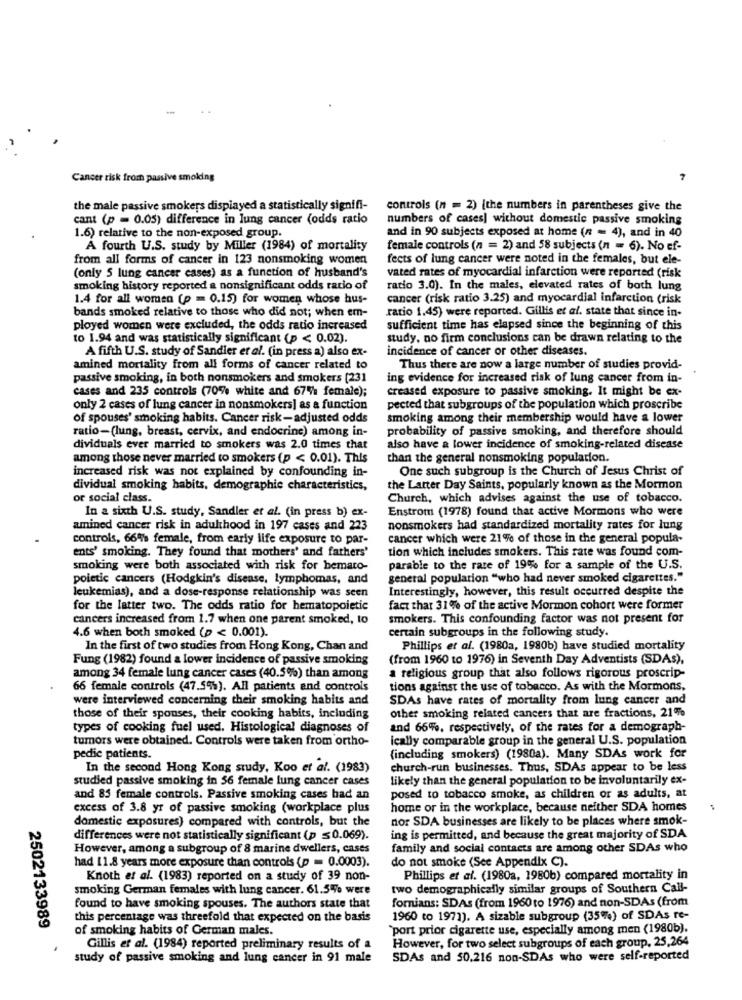
Cancer risk from passive smoking
7
the male passive smokers displayed a statistically signifi-
controls (n = 2) [the numbers in parentheses give the
cant (p = 0.05) difference in lung cancer (odds ratio
numbers of cases] without domestic passive smoking
1.6) relative to the non-exposed group.
and in 90 subjects exposed at home (n = 4), and in 40
A fourth U.S. study by Miller (1984) of mortality
female controls (n = 2) and 58 subjects (n = 6). No ef-
from all forms of cancer in 123 nonsmoking women
fects of lung cancer were noted in the females, but ele-
(only 5 lung cancer cases) as a function of husband's
vated rates of myocardial infarction were reported (risk
smoking history reported a nonsignificant odds ratio of
ratio 3.0). In the males, elevated rates of both lung
1.4 for all women (p = 0.15) for women whose hus-
cancer (risk ratio 3.25) and myocardial infarction (risk
bands smoked relative to those who did not; when em-
ratio 1.45) were reported. Gillis et al. state that since in-
ployed women were excluded, the odds ratio increased
sufficient time has elapsed since the beginning of this
to 1.94 and was statistically significant (p < 0.02).
study, no firm conclusions can be drawn relating to the
incidence of cancer or other diseases.
A fifth U.S. study of Sandler et al. (in press a) also ex-
amined mortality from all forms of cancer related to
Thus there are now a large number of studies provid-
passive smoking, in both nonsmokers and smokers [231
ing evidence for increased risk of lung cancer from in-
cases and 235 controls (70% white and 67% female);
creased exposure to passive smoking. It might be ex-
only 2 cases of lung cancer in nonsmokers] as a function
pected that subgroups of the population which proscribe
of spouses' smoking habits. Cancer risk-adjusted odds
smoking among their membership would have a lower
ratio-(lung, breast, cervix, and endocrine) among in-
probability of passive smoking, and therefore should
dividuals ever married to smokers was 2.0 times that
also have a lower incidence of smoking-related disease
among those never married to smokers (p < 0.01). This
than the general nonsmoking population.
increased risk was not explained by confounding in-
One such subgroup is the Church of Jesus Christ of
dividual smoking habits, demographic characteristics,
the Latter Day Saints, popularly known as the Mormon
or social class.
Church, which advises against the use of tobacco.
In a sixth U.S. study, Sandler et al. (in press b) ex-
Enstrom (1978) found that active Mormons who were
amined cancer risk in adulthood in 197 cases and 223
nonsmokers had standardized mortality rates for lung
controls, 664% female, from early life exposure to par-
cancer which were 21% of those in the general popula-
ents' smoking. They found that mothers' and fathers'
tion which includes smokers. This rate was found com-
smoking were both associated with risk for bemaco-
parable to the rate of 19% for a sample of the U.S.
poietic cancers (Hodgkin's disease, lymphomas, and
general population "who had never smoked cigarettes."
leukemias), and a dose-response relationship was seen
Interestingly, however, this result occurred despite the
for the latter two. The odds ratio for hematopoietic
fact that 31% of the active Mormon cohort were former
cancers increased from 1.7 when one parent smoked, to
smokers. This confounding factor was not present for
certain subgroups in the following study.
4.6 when both smoked (p < 0.001).
In the first of two studies from Hong Kong, Chan and
Phillips et al. (1980a, 1980b) have studied mortality
Fung (1982) found a lower incidence of passive smoking
(from 1960 to 1976) in Seventh Day Adventists (SDAs),
among 34 female lung cancer cases (40.5%) than among
religious group that also follows rigorous proscrip-
66 female controls (47.5%). All patients and controls
tions against the use of tobacco. As with the Mormons,
were interviewed concerning their smoking habits and
SDAs have rates of mortality from lung cancer and
those of their spouses, their cooking habits, including
other smoking related cancers that are fractions, 21%
types of cooking fuel used. Histological diagnoses of
and 66%, respectively, of the rates for a demograph-
tumors were obtained. Controls were taken from ortho-
ically comparable group in the general U.S. population
pedic patients.
(including smokers) (1980a). Many SDAs work for
In the second Hong Kong study, Koo et al. (1983)
church-run businesses. Thus, SDAs appear to be less
studied passive smoking in 56 female lung cancer cases
likely than the general population to be involuntarily ex-
and 85 female controls. Passive smoking cases had an
posed to tobacco smoke, as children or as adults, at
excess of 3.8 yr of passive smoking (workplace plus
home or in the workplace, because neither SDA homes
domestic exposures) compared with controls, but the
nor SDA businesses are likely to be places where smok-
differences were not statistically significant (p ≤ 0.069).
ing is permitted, and because the great majority of SDA
However, among a subgroup of 8 marine dwellers, cases
family and social contacts are among other SDAs who
had 11.8 years more exposure than controls (p = 0.0003).
do not smoke (See Appendix C).
Knoth et al. (1983) reported on a study of 39 non-
Phillips et al. (1980a, 1980b) compared mortality in
smoking German females with lung cancer. 61.5% were
two demographically similar groups of Southern Call-
fornians: SDAs (from 1960 to 1976) and non-SDAs (from
found to have smoking spouses. The authors state that
this percentage was threefold that expected on the basis
1960 to 1971). A sizable subgroup (35%) of SDAs re-
2502133989
of smoking habits of German males.
`port prior cigarette use, especially among men (1980b).
However, for two select subgroups of each group, 25,264
Gillis et al. (1984) reported preliminary results of a
study of passive smoking and lung cancer in 91 male
SDAs and 50.216 non-SDAs who were self-reported